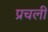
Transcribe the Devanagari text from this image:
प्रचली